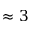
\approx 3